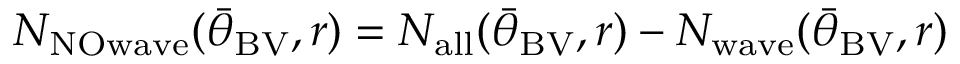
N _ { \mathrm { N O w a v e } } ( { \bar { \theta } } _ { \mathrm { B V } } , r ) = N _ { \mathrm { a l l } } ( { \bar { \theta } } _ { \mathrm { B V } } , r ) - N _ { \mathrm { w a v e } } ( { \bar { \theta } } _ { \mathrm { B V } } , r )